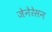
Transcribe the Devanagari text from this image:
जेनेरेसन